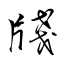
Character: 牋